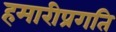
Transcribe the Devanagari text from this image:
हमारीप्रगति